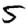
Digit: 5